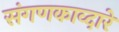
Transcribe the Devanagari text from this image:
संगणकाव्दारे